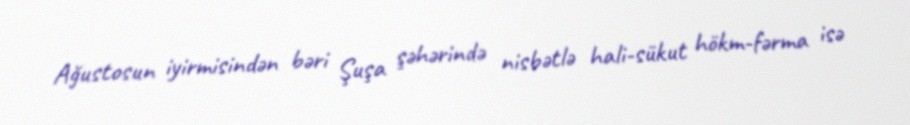
Ağustosun iyirmisindən bəri Şuşa şəhərində nisbətlə hali-sükut hökm-fərma isə